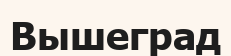
Вышеград